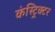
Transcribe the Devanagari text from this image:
कंस्ट्रिक्टर